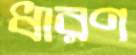
ধারণ